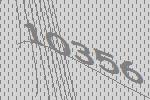
10356